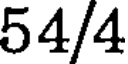
54/4